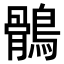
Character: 鶻